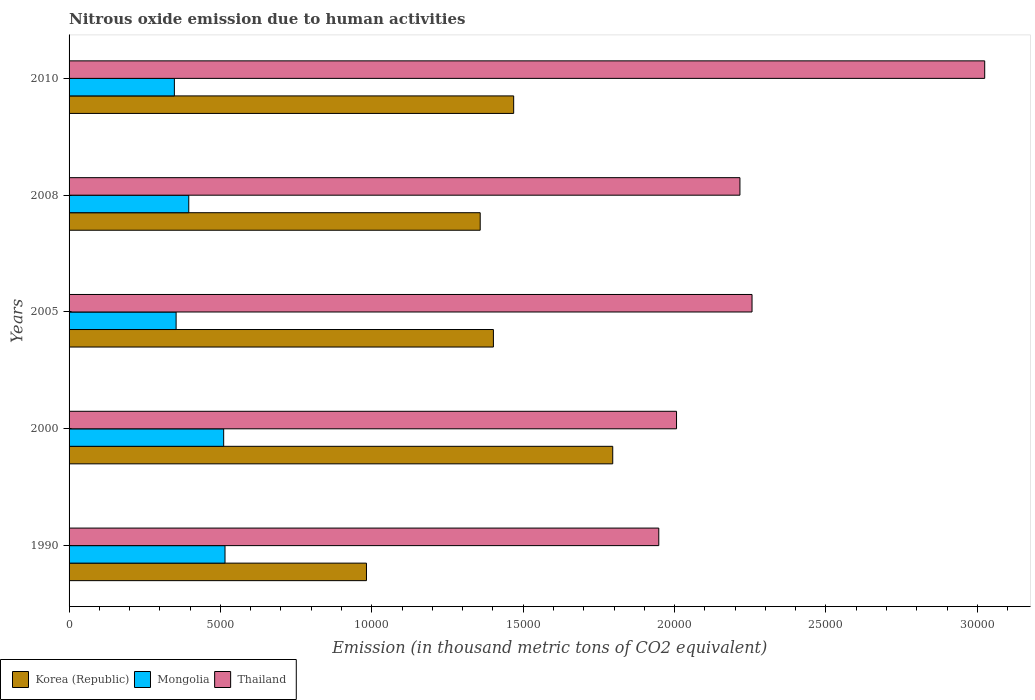
| Years | Korea (Republic) | Mongolia | Thailand |
 | --- | --- | --- | --- |
 | 1990 | 9.82e+03 | 5.15e+03 | 1.95e+04 |
 | 2000 | 1.8e+04 | 5.11e+03 | 2.01e+04 |
 | 2005 | 1.4e+04 | 3.54e+03 | 2.26e+04 |
 | 2008 | 1.36e+04 | 3.95e+03 | 2.22e+04 |
 | 2010 | 1.47e+04 | 3.48e+03 | 3.02e+04 |